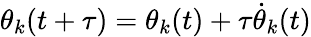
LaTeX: \theta_{k}(t+\tau)=\theta_{k}(t)+\tau\dot{\theta}_{k}(t)